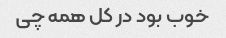
خوب بود در کل همه چی